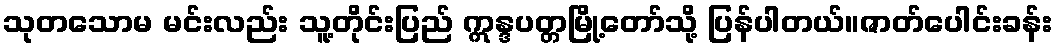
သုတသောမ မင်းလည်း သူ့တိုင်းပြည် ဣန္ဒပတ္တမြို့တော်သို့ ပြန်ပါတယ်။ဇာတ်ပေါင်းခန်း